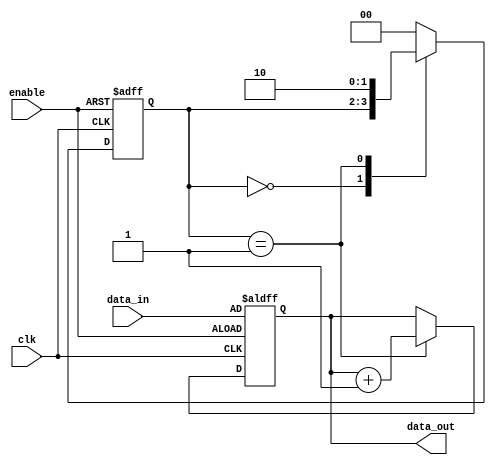
module event_control (
    input wire clk,               // Clock signal
    input wire enable,            // Enable signal
    input wire [7:0] data_in,     // Input data
    output reg [7:0] data_out     // Output data
);

    // State variable
    reg [1:0] state;

    initial begin
        data_out = 8'd0;          // Initialize output
        state = 2'b00;            // Initialize state
    end

    // Event-triggered block
    always @(posedge clk or posedge enable) begin
        if (enable) begin
            // Handle enable event
            state <= 2'b01;        // Change state
            data_out <= data_in;   // Assign input to output
        end else begin
            // Handle clock edge event
            case (state)
                2'b00: begin
                    // Do nothing, wait for enable
                end
                2'b01: begin
                    // Perform some task
                    data_out <= data_out + 1; // Example operation
                    state <= 2'b10; // Move to the next state
                end
                2'b10: begin
                    // Reset state back to initial
                    state <= 2'b00;
                end
                default: begin
                    state <= 2'b00; // Safe state
                end
            endcase
        end
    end
    
endmodule